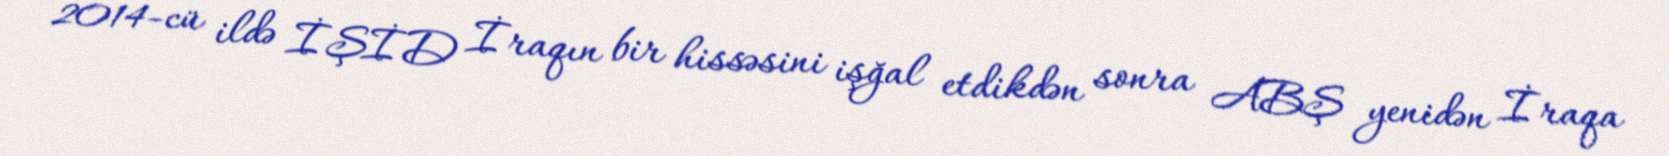
2014-cü ildə İŞİD İraqın bir hissəsini işğal etdikdən sonra ABŞ yenidən İraqa